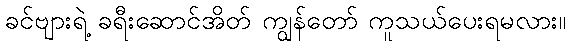
ခင်ဗျားရဲ့ ခရီးဆောင်အိတ် ကျွန်တော် ကူသယ်ပေးရမလား။